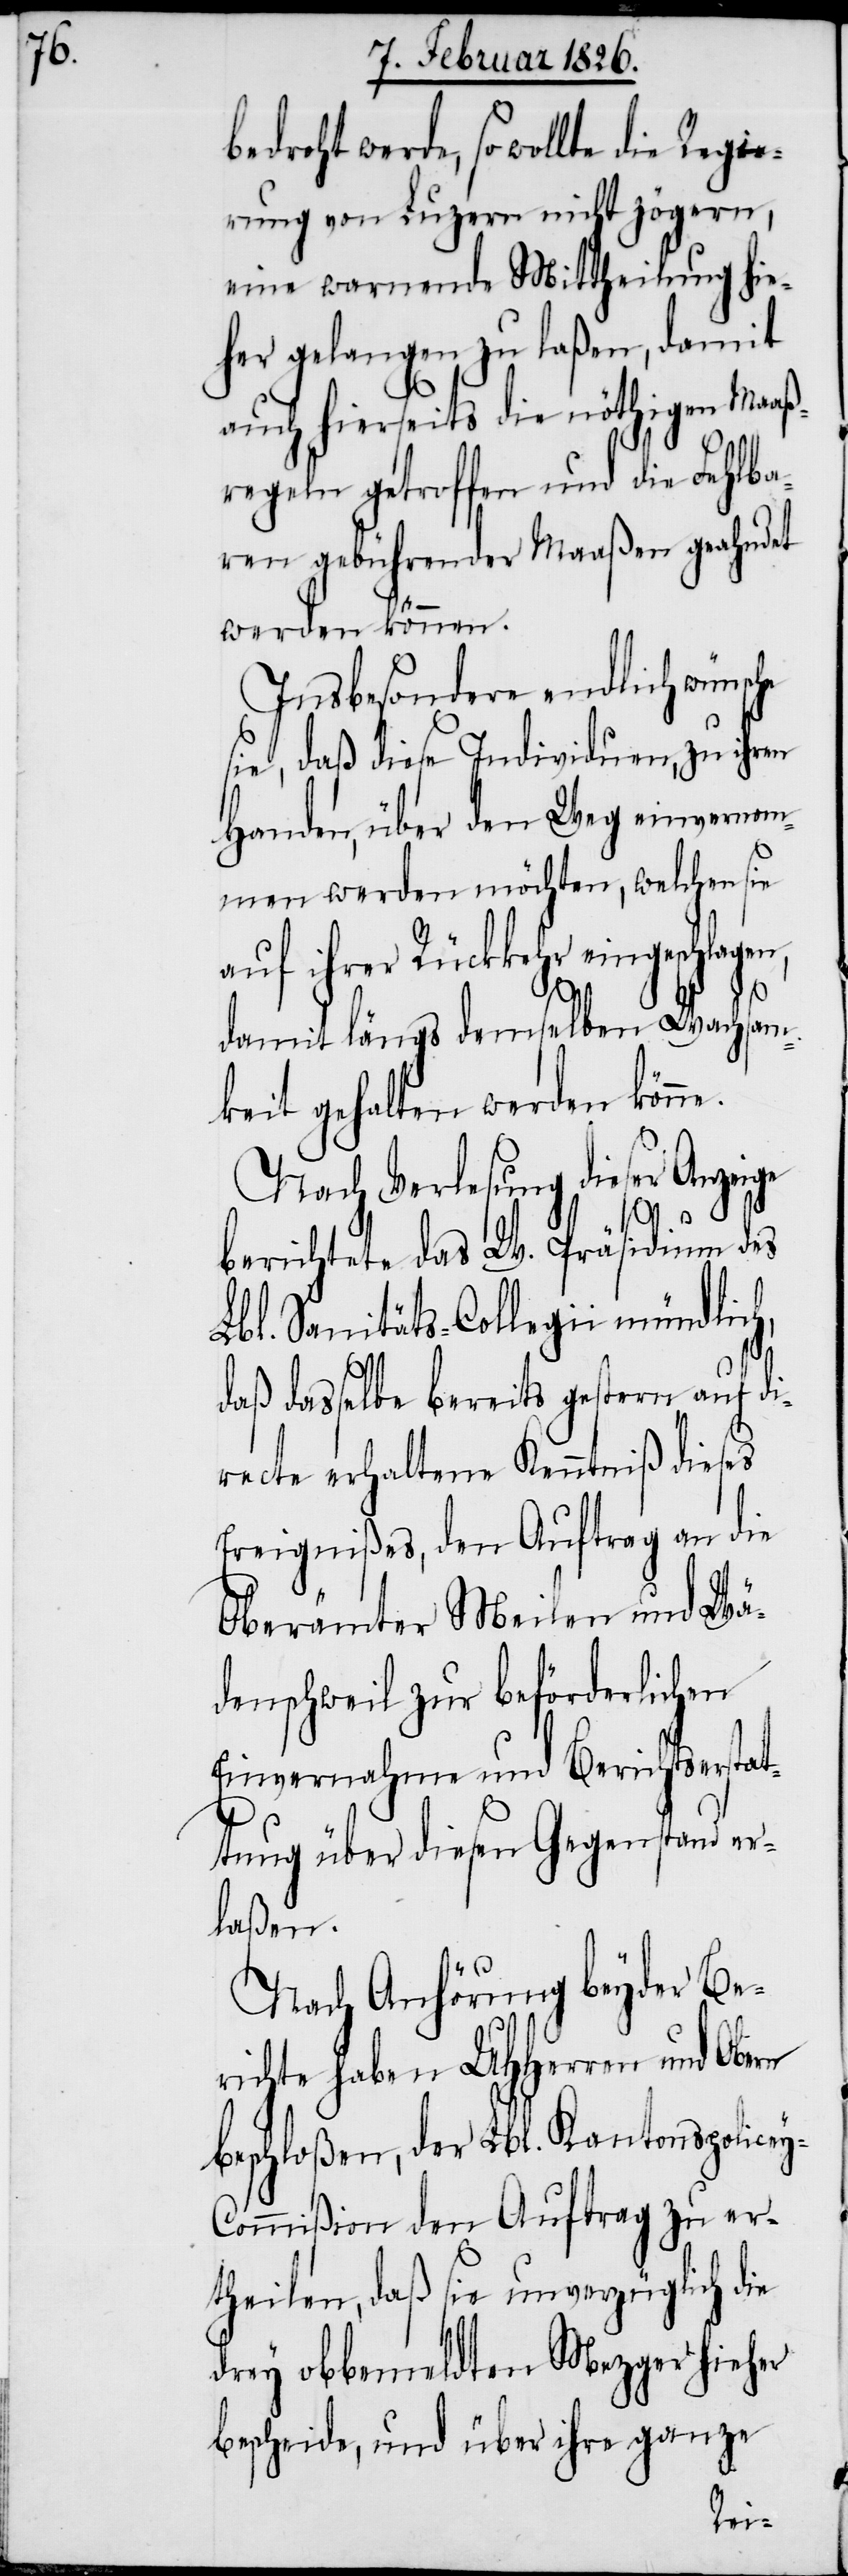
bedroht werde, so wollte die
rung von Luzern nicht zögern,
eine warnende Mittheilung hie¬
her gelangen zu laßen, damit
auch hierseits die nöthigen Maaß¬
regeln getroffen und die Fehlba¬
ren gebührender Maaßen geahndet
werden können.
Insbesondere endlich wünsche
sie, daß diese Individuen, zu ihren
Handen, über den Weg einvernom¬
men werden möchten, welchen sie
auf ihrer Rückkehr eingesch¬
damit längs demselben Wachsam¬
keit gehalten werden könn¬
Nach Verlesung dieser Anzeige
e.
berichtete das W. Präsidium des
Lbl. Sanitäts-Collegii mündlich,
daß dasselbe bereits gestern, auf di¬
recte erhaltene Kenntniß dieses
Ereignißes, den Auftrag an die
Oberämter Meilen und Wä¬
denschweil zur beförderlichen
Einvernahme und Berichtserstat¬
tung über diesen Gegenstand er¬
laßen.
Nach Anhörung beyder Be¬
richte haben UHHerren und Obern
beschloßen, der Lbl. Kantonspolice¬
y-Commißion den Auftrag zu er¬
theilen, daß sie unverzüglich die
drey obbemeldten Mezger hieher
bescheide, und über ihre ganze
Regie¬